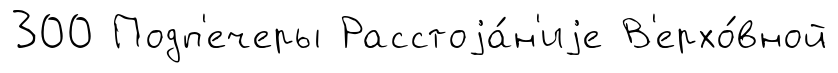
300 Подп'ечеры Расстоjа́н'иjе В'ерхо́вной